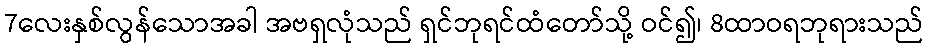
7လေးနှစ်လွန်သောအခါ အဗရှလုံသည် ရှင်ဘုရင်ထံတော်သို့ ဝင်၍၊ 8ထာဝရဘုရားသည်